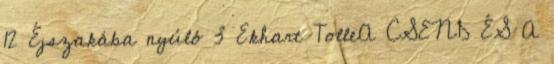
12 Éjszakába nyúló 3 Ekhart TolleA CSEND ÉS A